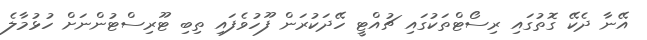
އޭނާ ދެކޭ ގޮތުގައި ރިސޯޓްތަކުގައި ޗުއްޓީ ހޭދަކުރަން ފޫހުވެފައި ތިބި ޓޫރިސްޓުންނަށް ހުޅުމާލެ